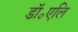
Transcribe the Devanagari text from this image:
डॉ॰एलि